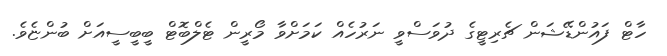
ހާޓް ފައުންޑޭޝަން ޗެރިޓީގެ ދުވަސްވީ ނަރުހެއް ކަމަށްވާ މޯރީން ޓެލްބޮޓް ބީބީސީއަށް ބުންޏެވެ.